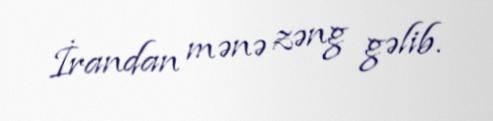
İrandan mənə zəng gəlib.